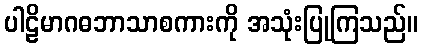
ပါဠိမာဂဓဘာသာစကားကို အသုံးပြုကြသည်။